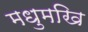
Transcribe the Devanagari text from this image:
मधुमखि